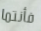
فأنتما